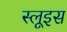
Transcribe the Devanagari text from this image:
स्लूइस